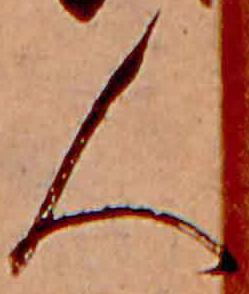
人